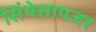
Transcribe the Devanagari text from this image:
सिंथेसायजर